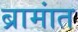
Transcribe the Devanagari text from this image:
ब्रामांत